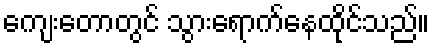
ကျေးတောတွင် သွားရောက်နေထိုင်သည်။